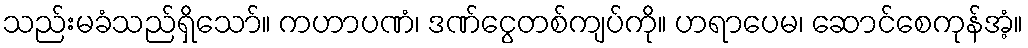
သည်းမခံသည်ရှိသော်။ ကဟာပဏံ၊ ဒဏ်ငွေတစ်ကျပ်ကို။ ဟရာပေမ၊ ဆောင်စေကုန်အံ့။